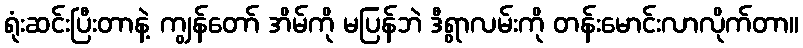
ရုံးဆင်းပြီးတာနဲ့ ကျွန်တော် အိမ်ကို မပြန်ဘဲ ဒီရွာလမ်းကို တန်းမောင်းလာလိုက်တာ။